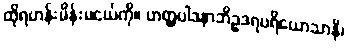
ထိုရဟန်းမိန်းမငယ်ကို။ ဟတ္ထပါဒနာဘိဥဒရပရိယောသာနိ၊